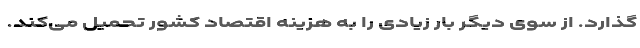
گذارد. از سوی دیگر بار زیادی را به هزینه اقتصاد کشور تحمیل می‌کند.